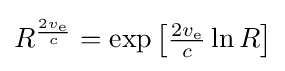
{\textstyle R^{\frac {2v_{\text{e}}}{c}}=\exp \left[{\frac {2v_{\text{e}}}{c}}\ln R\right]}